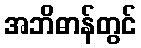
အဘိဓာန်တွင်